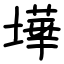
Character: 墷